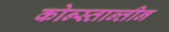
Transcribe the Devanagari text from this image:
कोन्स्तान्तीन